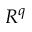
R ^ { q }